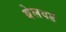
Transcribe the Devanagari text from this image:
बेलवर्ड